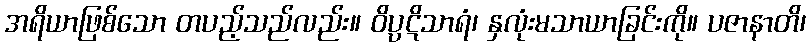
အရိယာဖြစ်သော တပည့်သည်လည်း။ ဝိပ္ပဋိသာရံ၊ နှလုံးမသာယာခြင်းကို။ ပဇာနာတိ၊